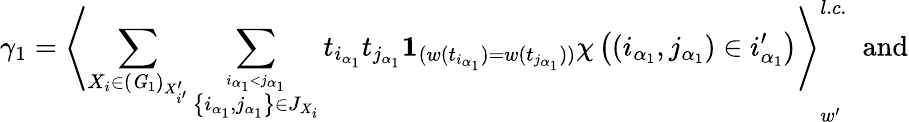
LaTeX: \gamma_{1}=\left\langle\sum_{X_{i}\in({\mathit G}_{1})_{X_{i^{\prime}}^{\prime}}}\sum_{\stackrel{i_{\alpha_{1}}<j_{\alpha_{1}}}{\left\{ i_{\alpha_{1}},j_{\alpha_{1}}\right\} \in J_{X_{i}}}}t_{i_{\alpha_{1}}}t_{j_{\alpha_{1}}}{\mathbf 1}_{(w(t_{i_{\alpha_{1}}})=w(t_{j_{\alpha_{1}}}))}\chi\left(\left(i_{\alpha_{1}},j_{\alpha_{1}}\right)\in i_{\alpha_{1}}^{\prime}\right)\right\rangle_{w^{\prime}}^{l.c.}\; \mathrm{~and}